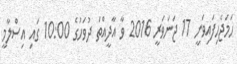
ހަމަޖެހިފައިވަނީ 17 ޖަނަވަރީ 2016 ވާ އާދީއްތަ ދުވަހުގެ 10:00 ގައި އިސްލާމީ